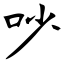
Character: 吵